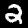
Digit: 2